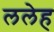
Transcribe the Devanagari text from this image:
ललेह